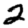
Digit: 2